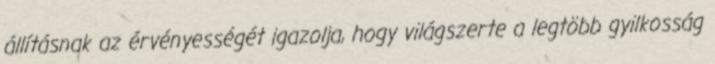
állításnak az érvényességét igazolja, hogy világszerte a legtöbb gyilkosság